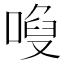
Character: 𠻍